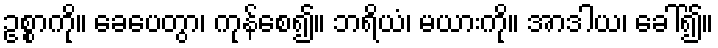
ဥစ္စာကို။ ခေပေတွာ၊ ကုန်စေ၍။ ဘရိယံ၊ မယားကို။ အာဒါယ၊ ခေါ်၍။